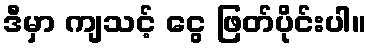
ဒီမှာ ကျသင့် ငွေ ဖြတ်ပိုင်းပါ။